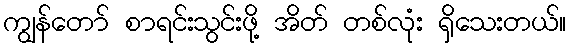
ကျွန်တော် စာရင်းသွင်းဖို့ အိတ် တစ်လုံး ရှိသေးတယ်။